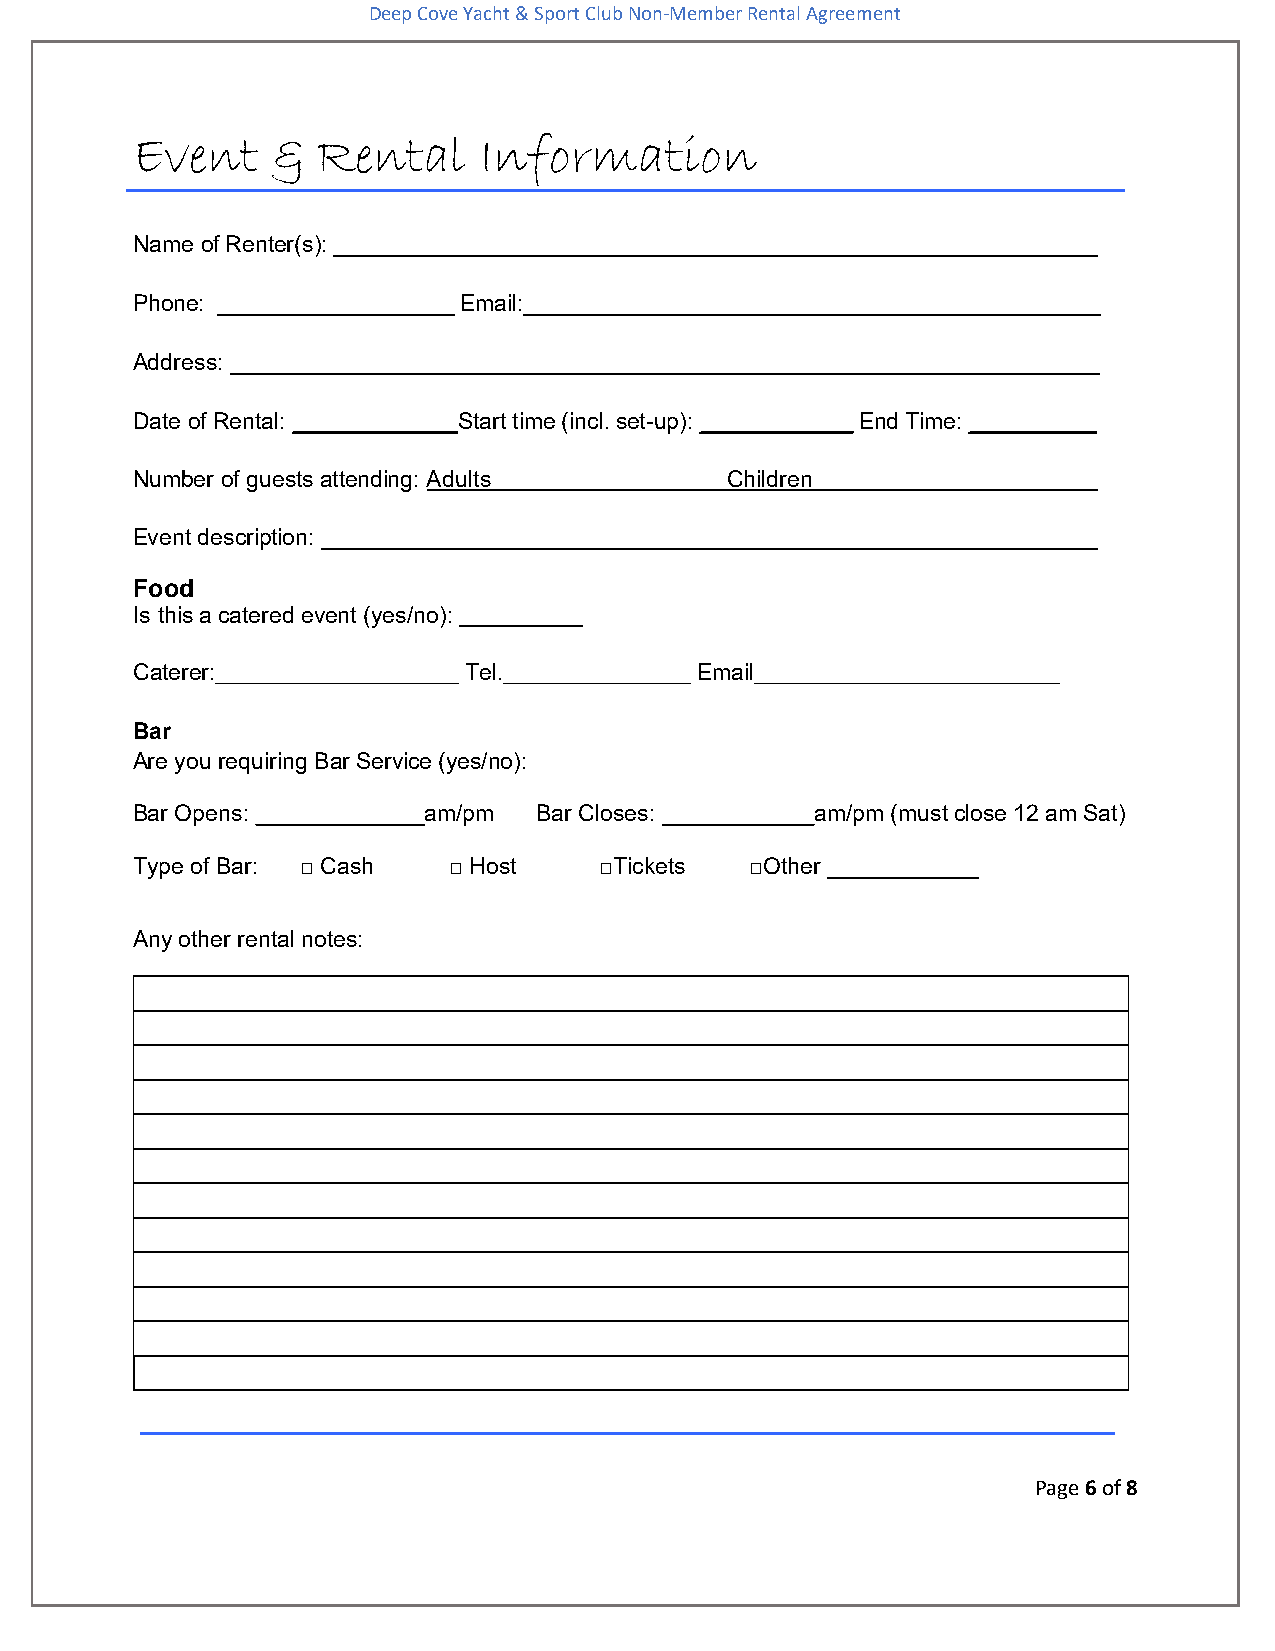
Deep Cove Yacht & Sport Club Non-Member Rental Agreement
 Event    &  Rental     Information
 Name of Renter(s): _____________________________________________________________
 Phone: ___________________ Email:______________________________________________
 Address:
 Date of Rental: _____________Start time (incl. set-up): ____________ End Time: __________
 Number of guests attending: Adults     Children
 Event description:
 Food
 Is this a catered event (yes/no):
 Caterer:              Tel.           Email
 Bar
 Are you requiring Bar Service (yes/no):
 Bar Opens:         am/pm   Bar Closes:       am/pm (must close 12 am Sat)
 Type of Bar: □ Cash  □ Host    □Tickets  □Other
 Any other rental notes:
 Page 6 of 8